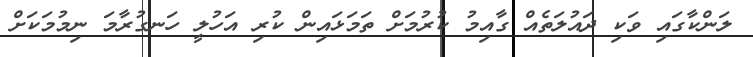
ލަންކާގައި ވަކި ދައުލަތެއް ގާއިމު ކުރުމަށް ތަމަޅައިން ކުރި އަހުލީ ހަނގުރާމަ ނިމުމަކަށް